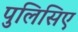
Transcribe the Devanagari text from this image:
पुलिसिए